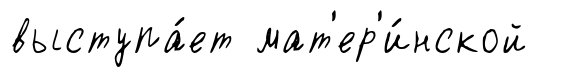
выступа́ет мат'ер'и́нской